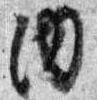
内